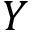
Y